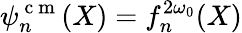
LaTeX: \psi_{n}^{\mathrm{~c~m~}}(X)=f_{n}^{2\omega_{0}}(X)